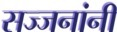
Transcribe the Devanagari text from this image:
सज्जनांनी